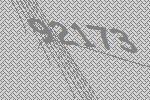
92173